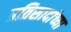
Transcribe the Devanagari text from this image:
प्रतिसादांच्या